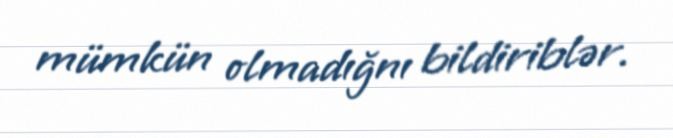
mümkün olmadığnı bildiriblər.